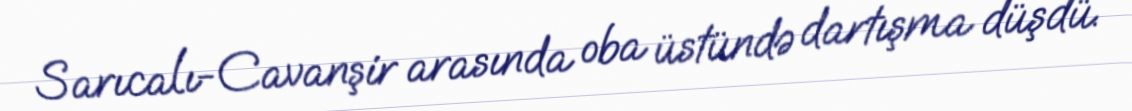
Sarıcalı-Cavanşir arasında oba üstündə dartışma düşdü.